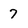
Character: 7